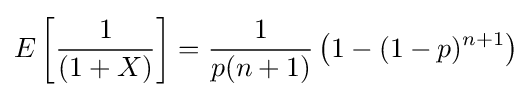
E\left[{\frac {1}{(1+X)}}\right]={\frac {1}{p(n+1)}}\left(1-(1-p)^{n+1}\right)